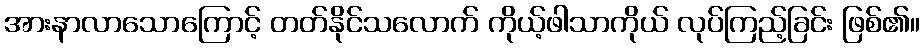
အားနာလာသောကြောင့် တတ်နိုင်သလောက် ကိုယ့်ဖါသာကိုယ် လုပ်ကြည့်ခြင်း ဖြစ်၏။